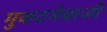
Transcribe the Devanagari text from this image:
मुकटमेबाजी